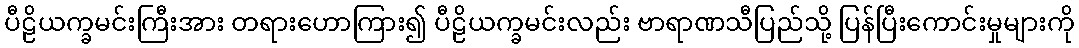
ပီဠိယက္ခမင်းကြီးအား တရားဟောကြား၍ ပီဠိယက္ခမင်းလည်း ဗာရာဏသီပြည်သို့ ပြန်ပြီးကောင်းမှုများကို